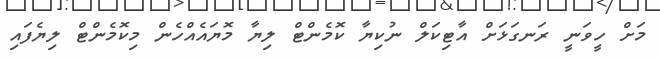
މަށް ހީވަނީ ރަނގަޅަށް އާޓިކަލް ނުކިޔާ ކޮމެންޓް ލިޔާ މޮޔައެއްހެން މިކޮމެންޓް ލިޔެފައި